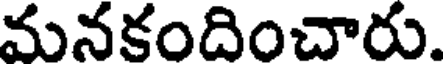
మనకందించారు.